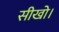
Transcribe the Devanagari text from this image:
सीखो।